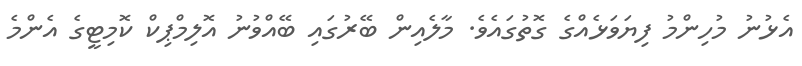
އެޅުނު މުހިންމު ފިޔަވަޅެއްގެ ގޮތުގައެވެ. މާލެއިން ބޭރުގައި ބޭއްވުނު އޮލިމްޕިކް ކޮމިޓީގެ އެންމެ